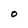
Character: 0